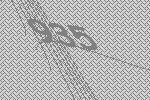
935